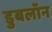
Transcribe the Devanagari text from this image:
डुबलॉन